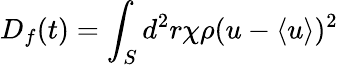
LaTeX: D_{f}(t)=\int_{S}d^{2}r\chi\rho(u-\langle u\rangle)^{2}